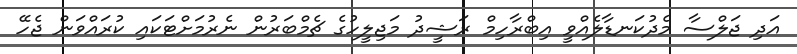
އަދި ޖަލްސާ މެދުކަނޑާލެއްވީ އިބްރާހިމް ރަޝީދު މަޖިލީހުގެ ޗެމްބަރުން ނެރުމަށްޓަކައި ކުރައްވަން ޖެހޭ